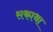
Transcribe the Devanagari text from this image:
सकाथा